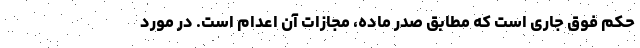
حکم فوق جاری است که مطابق صدر ماده، مجازات آن اعدام است. در مورد